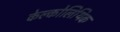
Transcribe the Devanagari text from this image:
केल्कोलिथिक